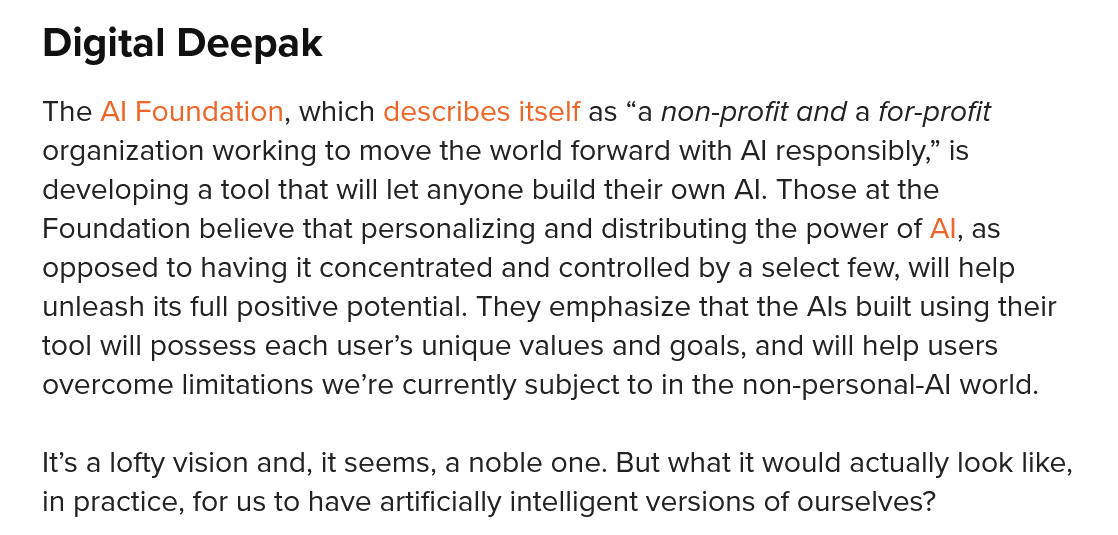
Digital  Deepak
   The Al Foundation, which describes itself as “a non-profit and a for-profit
   organization working to move the world forward with Al responsibly,” is
   developing a tool that will let anyone build their own Al. Those at the
    Foundation believe that personalizing and distributing the power of Al, as
   opposed  to having it concentrated and controlled by a select few, will help
    unleash its full positive potential. They emphasize that the Als built using their
   tool will possess each user’s unique values and goals, and will help users
   overcome limitations we’re currently subject to in the non-personal-Al world.
    It’s a lofty vision and, it seems, a noble one. But what it would actually look like,
    in practice, for us to have artificially intelligent versions of ourselves?